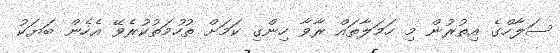
ސަލާހްގެ އިތުރުން މި ހަމަލާތައް ރާވާ ހިންގި ކަމަށް ތުހުމަތުކުރެވޭ އެހެން ބަޔަކު